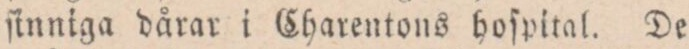
ſinniga dårar i Charentons hoſpital. De